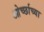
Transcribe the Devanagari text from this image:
ओर्च्छाच्या